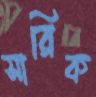
সারিক